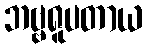
ဘဗ္ဗရူပတာယ